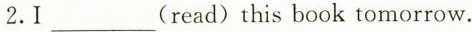
2.I___(read)this book tomorrow.